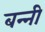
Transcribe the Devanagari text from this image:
बन्‍नी